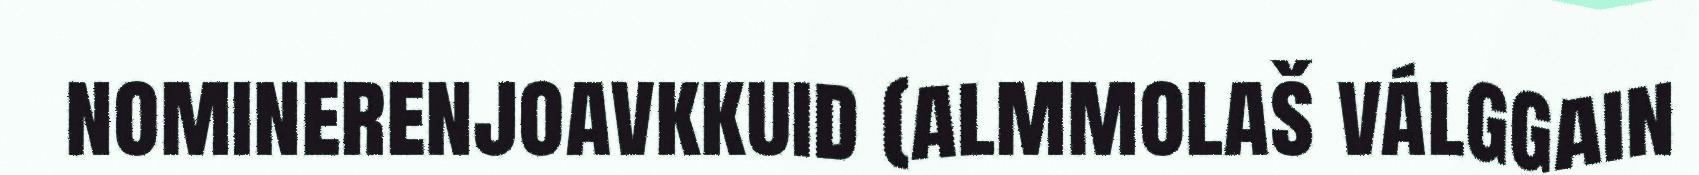
nominerenjoavkkuid (almmolaš válggain